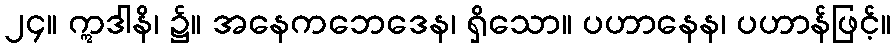
၂၄။ ဣဒါနိ၊ ၌။ အနေကဘေဒေန၊ ရှိသော။ ပဟာနေန၊ ပဟာန်ဖြင့်။